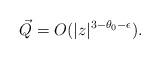
LaTeX: \begin{align*}\vec{Q}&=O(|z|^{3-\theta_0-\epsilon}).\end{align*}